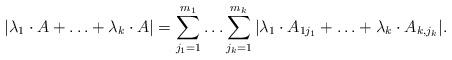
LaTeX: \begin{align*}|\lambda_1 \cdot A + \ldots + \lambda_k \cdot A| = \sum_{j_1 = 1}^{m_1} \ldots \sum_{j_k = 1}^{m_k} |\lambda_1 \cdot A_{1j_1} + \ldots + \lambda_k \cdot A_{k,j_k}|.\end{align*}